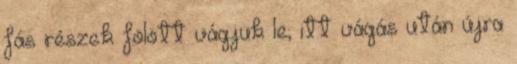
fás részek fölött vágjuk le; itt vágás után újra